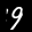
Label: 9